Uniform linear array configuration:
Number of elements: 12
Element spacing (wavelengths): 0.75
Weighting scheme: hann
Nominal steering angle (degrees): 0
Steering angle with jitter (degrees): -1.809
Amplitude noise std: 0.05
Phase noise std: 0.05

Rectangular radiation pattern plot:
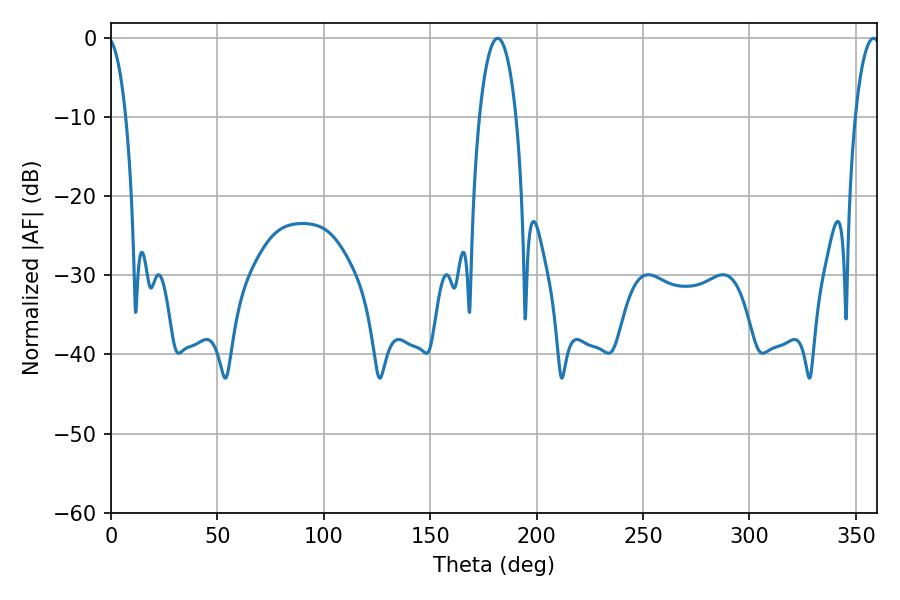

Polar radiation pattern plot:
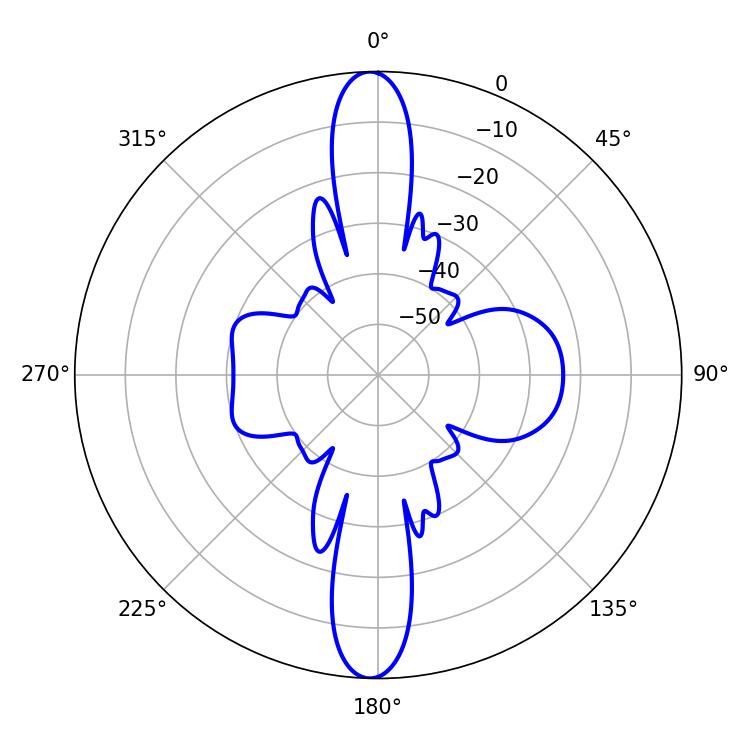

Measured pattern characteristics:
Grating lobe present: TRUE
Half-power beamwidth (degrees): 6.48
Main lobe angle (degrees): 358.38